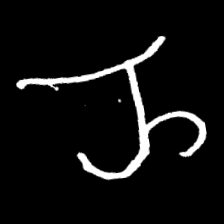
Pyu character \u2014 Myanmar letter: ည (romanized: nya)